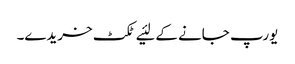
یورپ جانے کے لئیے ٹکٹ خریدے۔